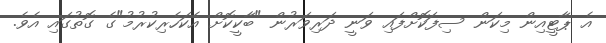
އެ ޕާޓީއިން މިކަން ސިފަކޮށްފައި ވަނީ ދަރިވަރުން "ބާކީކޮށް އެކަހެރިކުރުމު"ގެ ގޮތުގައި އެވެ.